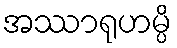
အဿာရုဟမ္ပိ